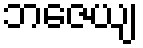
ဘဇေယျ